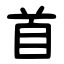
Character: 首